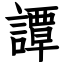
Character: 譚